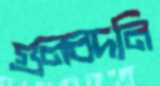
গুলবদনি